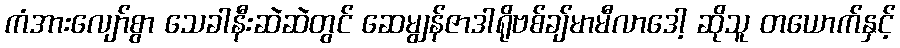
ကံအားလျော်စွာ သေခါနီးဆဲဆဲတွင် ဆေမျွန်ဇာဒါရိုဗစ်ချ်မာမီလာဒေါ့ ဆိုသူ တယောက်နှင့်